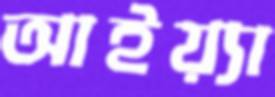
আইয়্যা